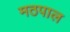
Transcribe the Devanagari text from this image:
मठपाल